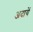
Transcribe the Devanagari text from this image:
अदायें